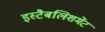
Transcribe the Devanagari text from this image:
इस्‍टैबलिशमेंट